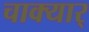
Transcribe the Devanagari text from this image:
चाक्यार्